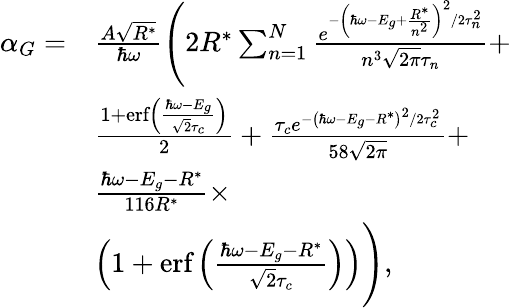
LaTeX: \begin{array}{rl}{\alpha_{G}=}&{\frac{A\sqrt{R^{*}}}{\hbar\omega}\Bigg(2R^{*}\sum_{n=1}^{N}\frac{e^{-\left(\hbar\omega-E_{g}+\frac{R^{*}}{n^{2}}\right)^{2}/2\tau_{n}^{2}}}{n^{3}\sqrt{2\pi}\tau_{n}}+}\\ &{\frac{1+\textrm{erf}\left(\frac{\hbar\omega-E_{g}}{\sqrt{2}\tau_{c}}\right)}{2}+\frac{\tau_{c}e^{-\left(\hbar\omega-E_{g}-R^{*}\right)^{2}/2\tau_{c}^{2}}}{58\sqrt{2\pi}}+}\\ &{\frac{\hbar\omega-E_{g}-R^{*}}{116R^{*}}\times}\\ &{\left(1+\textrm{erf}\left(\frac{\hbar\omega-E_{g}-R^{*}}{\sqrt{2}\tau_{c}}\right)\right)\Bigg),}\end{array}